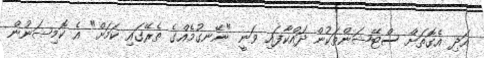
އަދި އެގޮތަށް ސްޓޭޝަންތަކުން ދައްކާފައި ވަނީ "ނޭނގުމެއްގެ ތެރޭގައި ކަމަށް" އެ ކޮމިޝަނުން